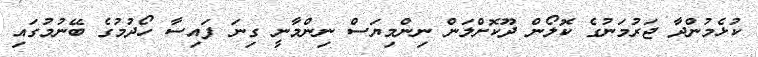
ކުޅެމުންދާ ޖަރުމަނުގެ ކޮލޯން ދޫކޮށްލަން ނިންމިޔަސް ނިންމާނީ ގިނަ ފައިސާ ހޯދުމުގެ ބޭނުމުގައި